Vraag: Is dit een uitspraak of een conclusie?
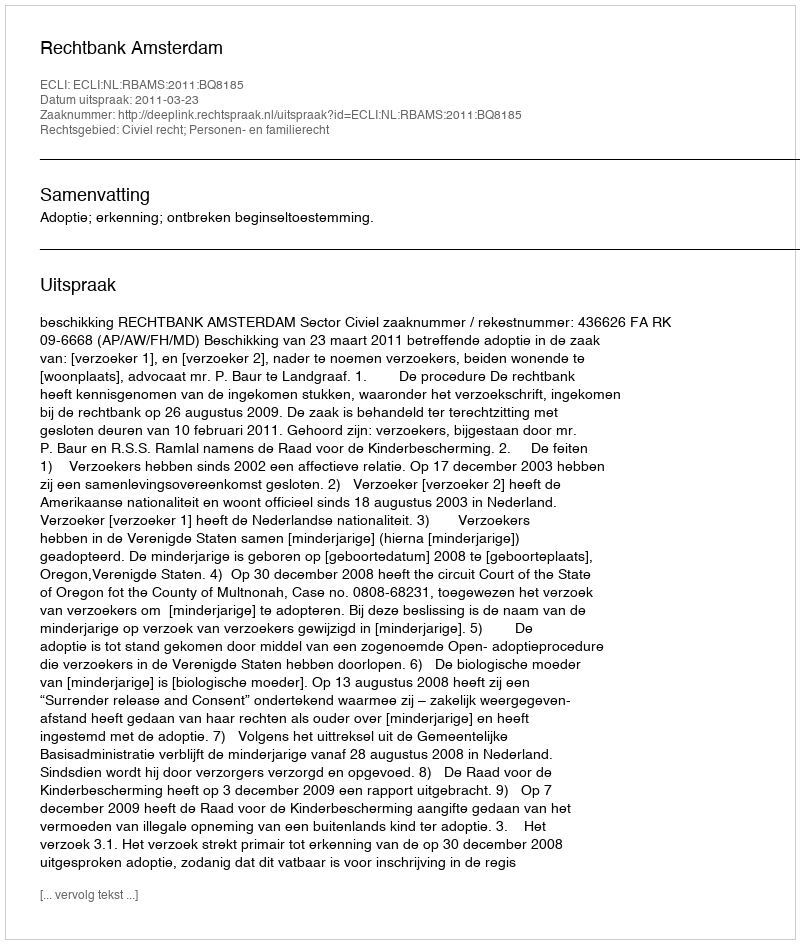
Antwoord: Uitspraak